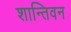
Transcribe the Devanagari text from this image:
शान्तिवन